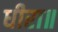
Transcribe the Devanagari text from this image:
धीरा॥